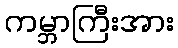
ကမ္ဘာကြီးအား